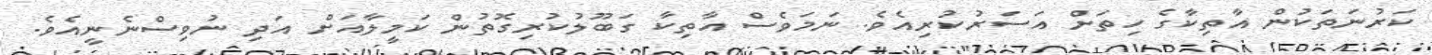
ކަރުނަތަކުން އާތިކާގެ ހިތަށް އަސަރުކުރިއެވެ. ނަމަވެސް އާތިކާ ގަބޫލުކުރިގޮތުން ކަމީލާއަށް އަދި ނުވިސްނެނީއެވެ.